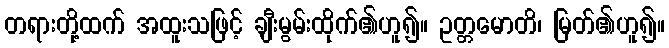
တရားတို့ထက် အထူးသဖြင့် ချီးမွမ်းထိုက်၏ဟူ၍။ ဥတ္တမောတိ၊ မြတ်၏ဟူ၍။